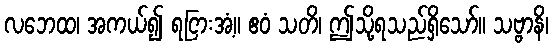
လဘေထ၊ အကယ်၍ ရငြားအံ့။ ဧဝံ သတိ၊ ဤသို့ရသည်ရှိသော်။ သဗ္ဗာနိ၊